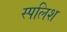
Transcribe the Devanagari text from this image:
स्पलिश